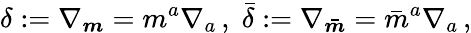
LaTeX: \delta:=\nabla_{\boldsymbol{m}}=m^{a}\nabla_{a}\, ,\; {\bar{\delta}}:=\nabla_{\boldsymbol{\bar{m}}}={\bar{m}}^{a}\nabla_{a}\, ,